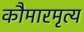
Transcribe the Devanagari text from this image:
कौमारमृत्य